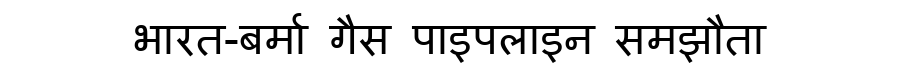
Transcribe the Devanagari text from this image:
भारत-बर्मा गैस पाइपलाइन समझौता